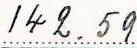
142.59